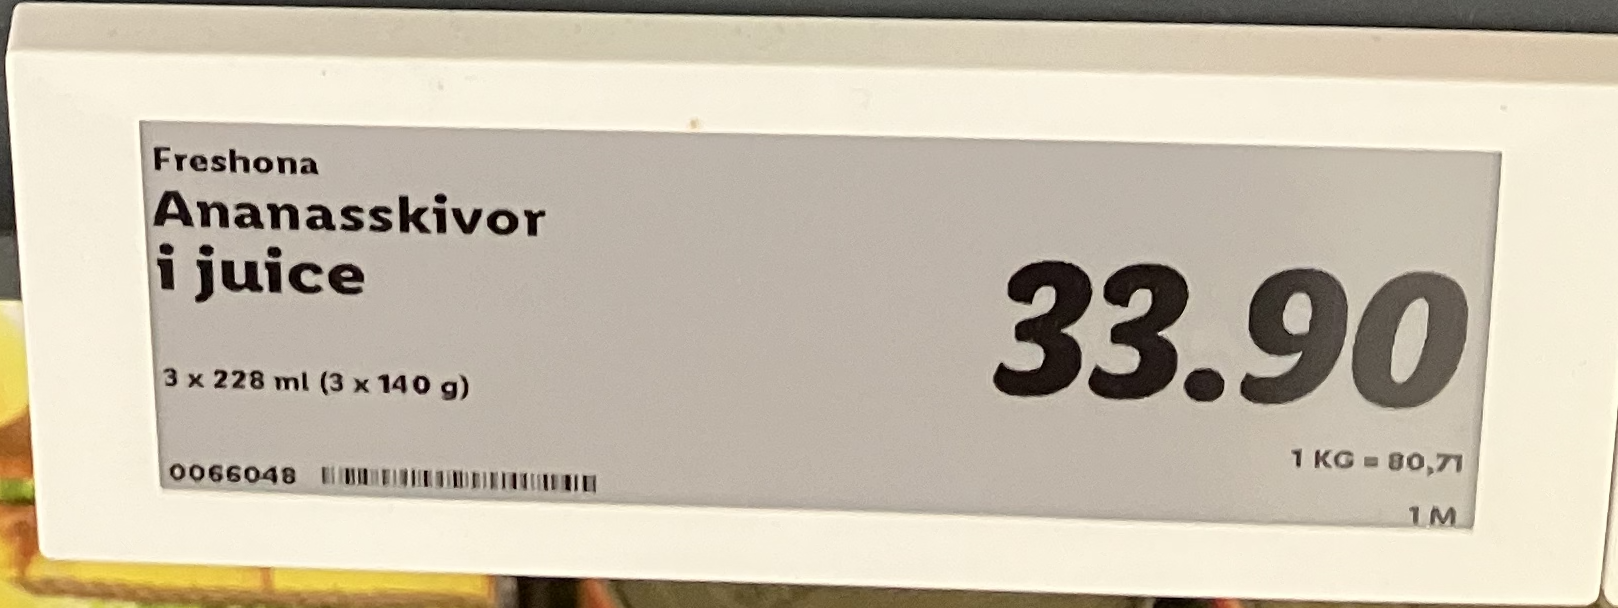
Vara: Ananasskivor i juice
Genomsnittspris: 80.71 per kg